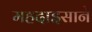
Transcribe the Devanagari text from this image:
महदाइसाने